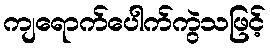
ကျရောက်ပေါက်ကွဲသဖြင့်